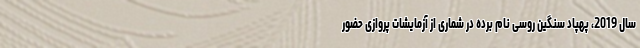
سال 2019، پهپاد سنگین روسی نام برده در شماری از آزمایشات پروازی حضور